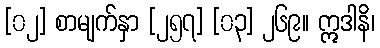
[၀၂] စာမျက်နှာ [၂၅၇] [၀၃] ၂၆၉။ ဣဒါနိ၊